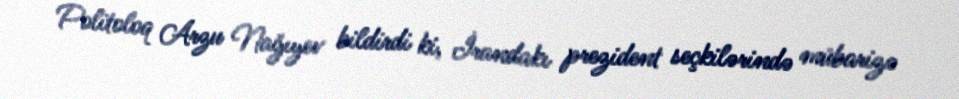
Politoloq Arzu Nağıyev bildirdi ki, İrandakı prezident seçkilərində mübarizə